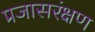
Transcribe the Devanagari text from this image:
प्रजासरंक्षण